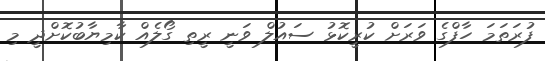
ފުރަތަމަ ހާފްގެ ވަރަށް ކުރީކޮޅު ސައުލް ވަނީ ރީތި ގޯލެއް ކާމިޔާބުކޮށްދީ މި